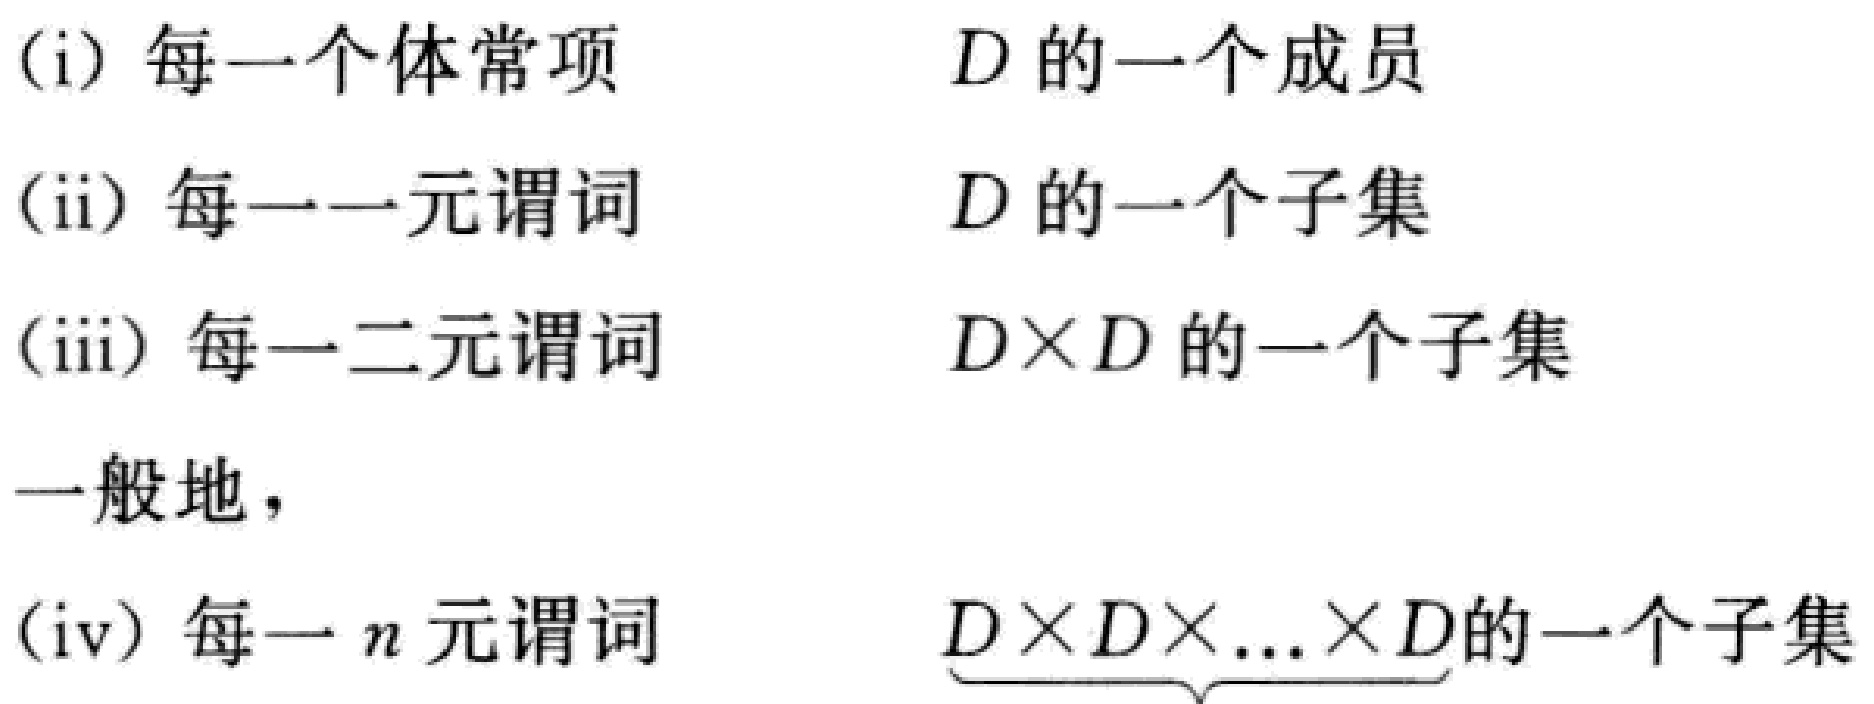
(i) 每一个体常项 $\qquad D$ 的一个成员
(ii) 每一一元谓词 $\qquad D$ 的一个子集
(iii) 每一二元谓词 $\qquad D\times D$ 的一个子集
一般地，
(iv) 每一 $n$ 元谓词 $\qquad \underbrace{D\times D\times\ldots\times D}_{}$的一个子集